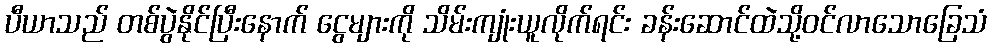
ပီယာသည် တစ်ပွဲနိုင်ပြီးနောက် ငွေများကို သိမ်းကျုံးယူလိုက်ရင်း ခန်းဆောင်ထဲသို့ဝင်လာသောခြေသံ